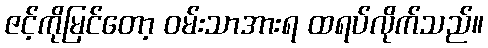
ဇင့်ကိုမြင်တော့ ဝမ်းသာအားရ ထရပ်လိုက်သည်။